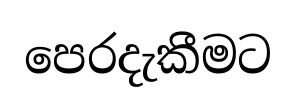
පෙරදැකීමට